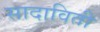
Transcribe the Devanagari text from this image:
सादाविती